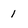
Character: 1